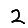
Digit: 2